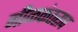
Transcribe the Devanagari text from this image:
नीळकंठराव